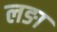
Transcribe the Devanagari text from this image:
लङा